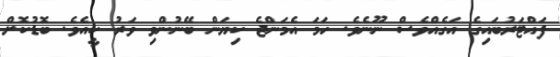
ފައްޓަރުބައިގެ އަގެއްވެސް ނޫނެވެ. ހަމަ އެމަންޖެ ކިޔަން ބޭނުންވި ވަރު ކީއެވެ. ބޮޑުކޮށް